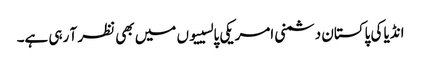
انڈیا کی پاکستان دشمنی امریکی پالسییوں میں بھی نظر آ رہی ہے۔